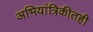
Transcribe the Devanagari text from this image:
अभियांत्रिकीतही